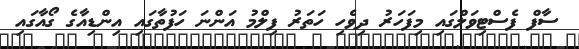
ސާފް ފެސްޓިވަލްގައި މިފަހަރު ދިވެހި ހަތަރު ފިލްމު އަންނަ ހަފުތާގައި އިންޑިއާގެ ގޯއާގައި